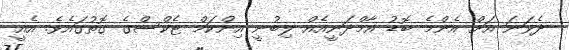
ދެވަނަ އަށް އެންމެ ބޮޑު އާމްދަނީއެއް ލިބުނީ އިންކަމް ޓެކްސްގެ ގޮތުގައެވެ. އެއީ